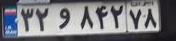
۳۲و۸۴۲۷۸